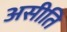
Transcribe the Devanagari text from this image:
असीति